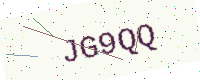
Text: JG9QQ